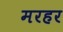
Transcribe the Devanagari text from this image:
मरहर